NAE_EAOK_eestikeelsed_sunnimeetrikad, lk 80
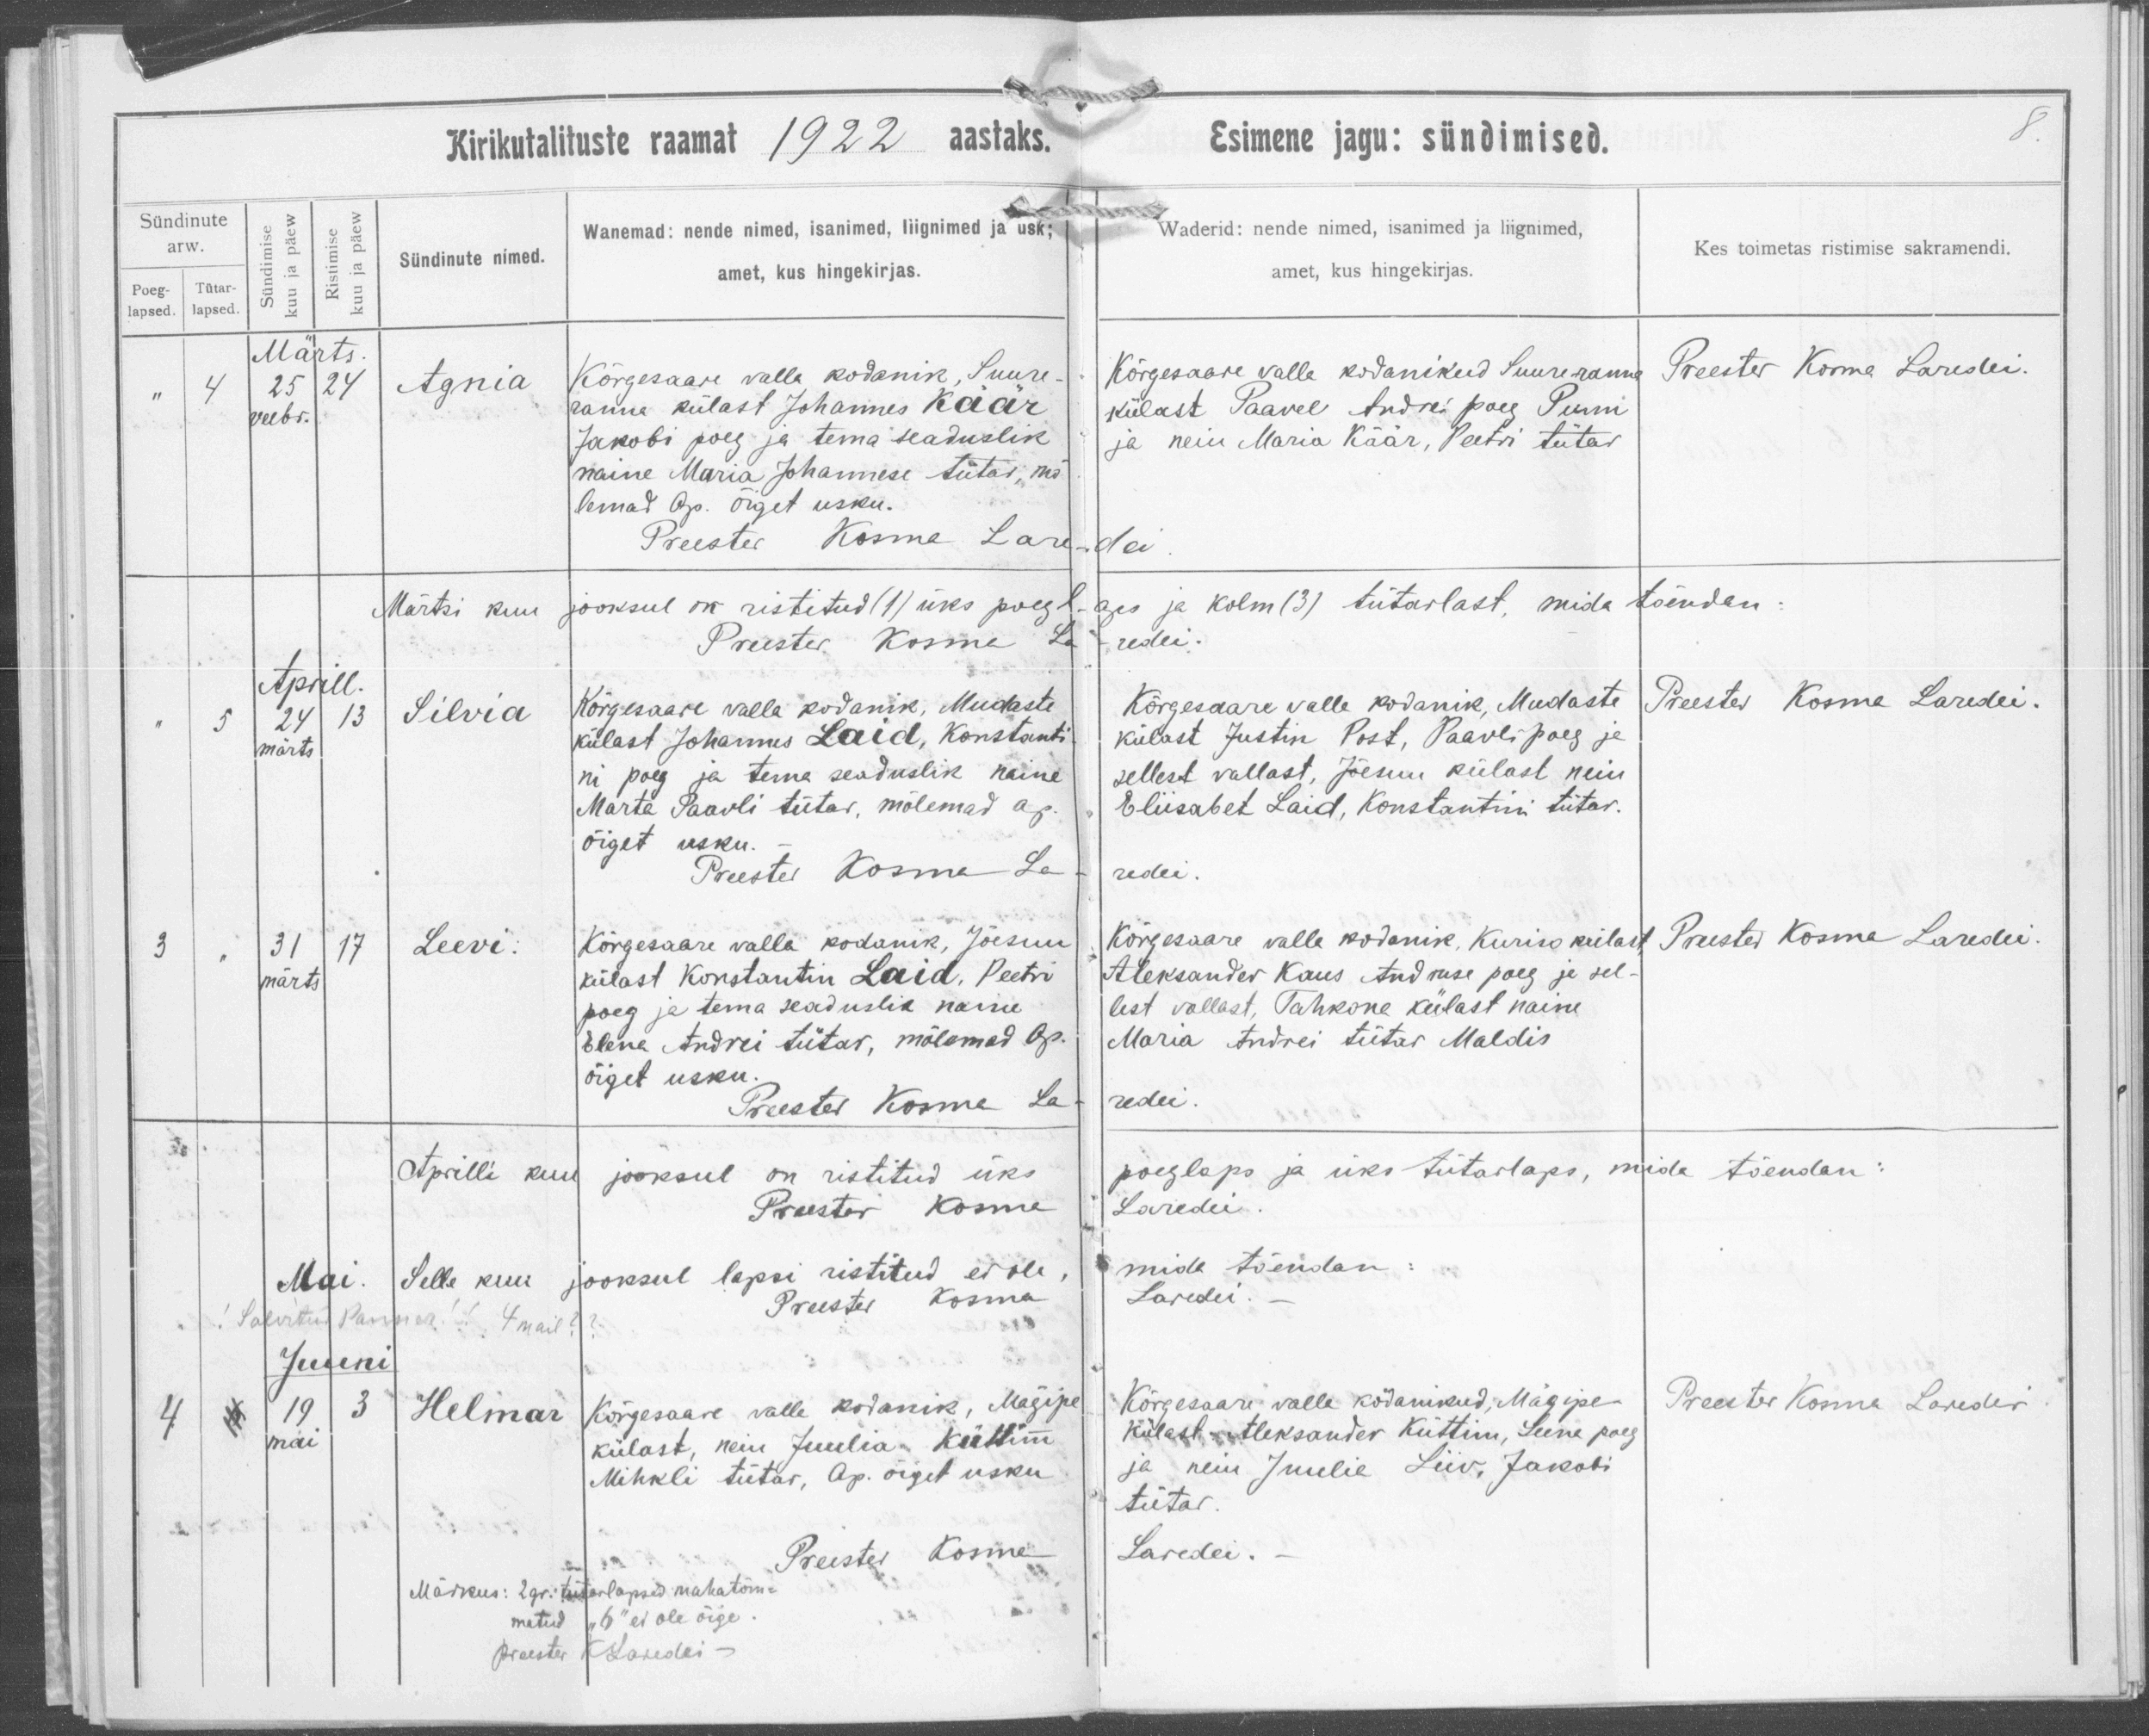
Agnia

Silvia

Leevi

Helmar

Kõrgesaare valla kodanik, Suure-
ranna külast Johannes Käär
Jakobi poeg ja tema seaduslik
naine Maria Johannese tütar, mõ-
lemad Ap. Õiget usku.

Kõrgesaare valla kodanik, Mudaste
külast Johannes Laid, Konstanti
ni poeg ja tema seaduslik naine
Marte Paavli tütar, mõlemad Ap.
õiget usku.

Kõrgesaare valla kodanik, Jõesuu
külast Konstantin Laid, Peetri
poeg ja tema seaduslik naine
Elena Andrei tütar, mõlemad Ap.
õiget usku.

Kõrgesaare valla kodanik, Mägipe
külast, neiu Juulia Küttim
Mihkli tütar, Ap. õiget usku.